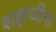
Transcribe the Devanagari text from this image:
शहाजींना